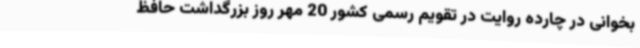
بخوانی در چارده روایت در تقویم رسمی کشور 20 مهر روز بزرگداشت حافظ